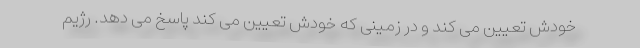
خودش تعیین می کند و در زمینی که خودش تعیین می کند پاسخ می دهد. رژیم